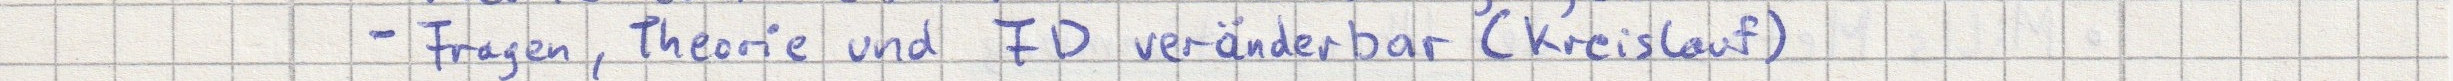
- Fragen, Theorie und FD veränderbar (Kreislauf)